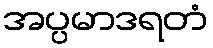
အပ္ပမာဒရတံ